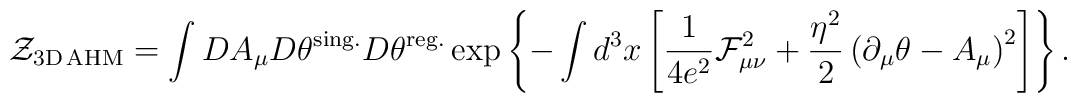
{\cal Z}_{\rm 3D{\,}AHM}=\int DA_\mu D\theta^{\rm sing.}D\theta^{\rm reg.}\exp\left\{-\int d^3x\left[\frac{1}{4e^2}{\cal F}_{\mu\nu}^2+\frac{\eta^2}{2}\left(\partial_\mu\theta-A_\mu\right)^2\right]\right\}.